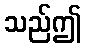
သည်ဤ